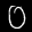
Label: 0